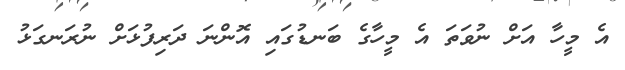
އެ މީހާ އަށް ނުވަތަ އެ މީހާގެ ބަނޑުގައި އޮންނަ ދަރިފުޅަށް ނުރަނގަޅު